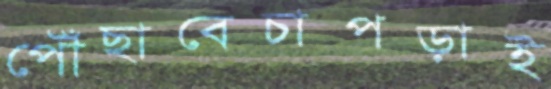
পৌঁছাবেচাপড়াই